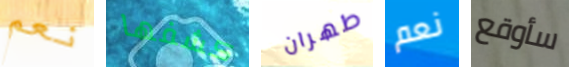
نعم كشفها طهران نعم سأوقع